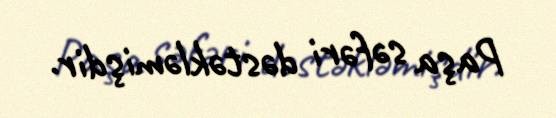
Paşa səfəri dəstəkləmişdir.